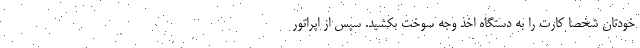
خودتان شخصا کارت را به دستگاه اخذ وجه سوخت بکشید. سپس از اپراتور